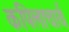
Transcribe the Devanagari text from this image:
कपिलाचार्य